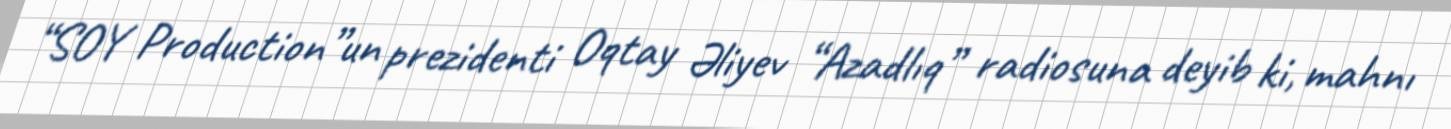
“SOY Production”un prezidenti Oqtay Əliyev “Azadlıq” radiosuna deyib ki, mahnı